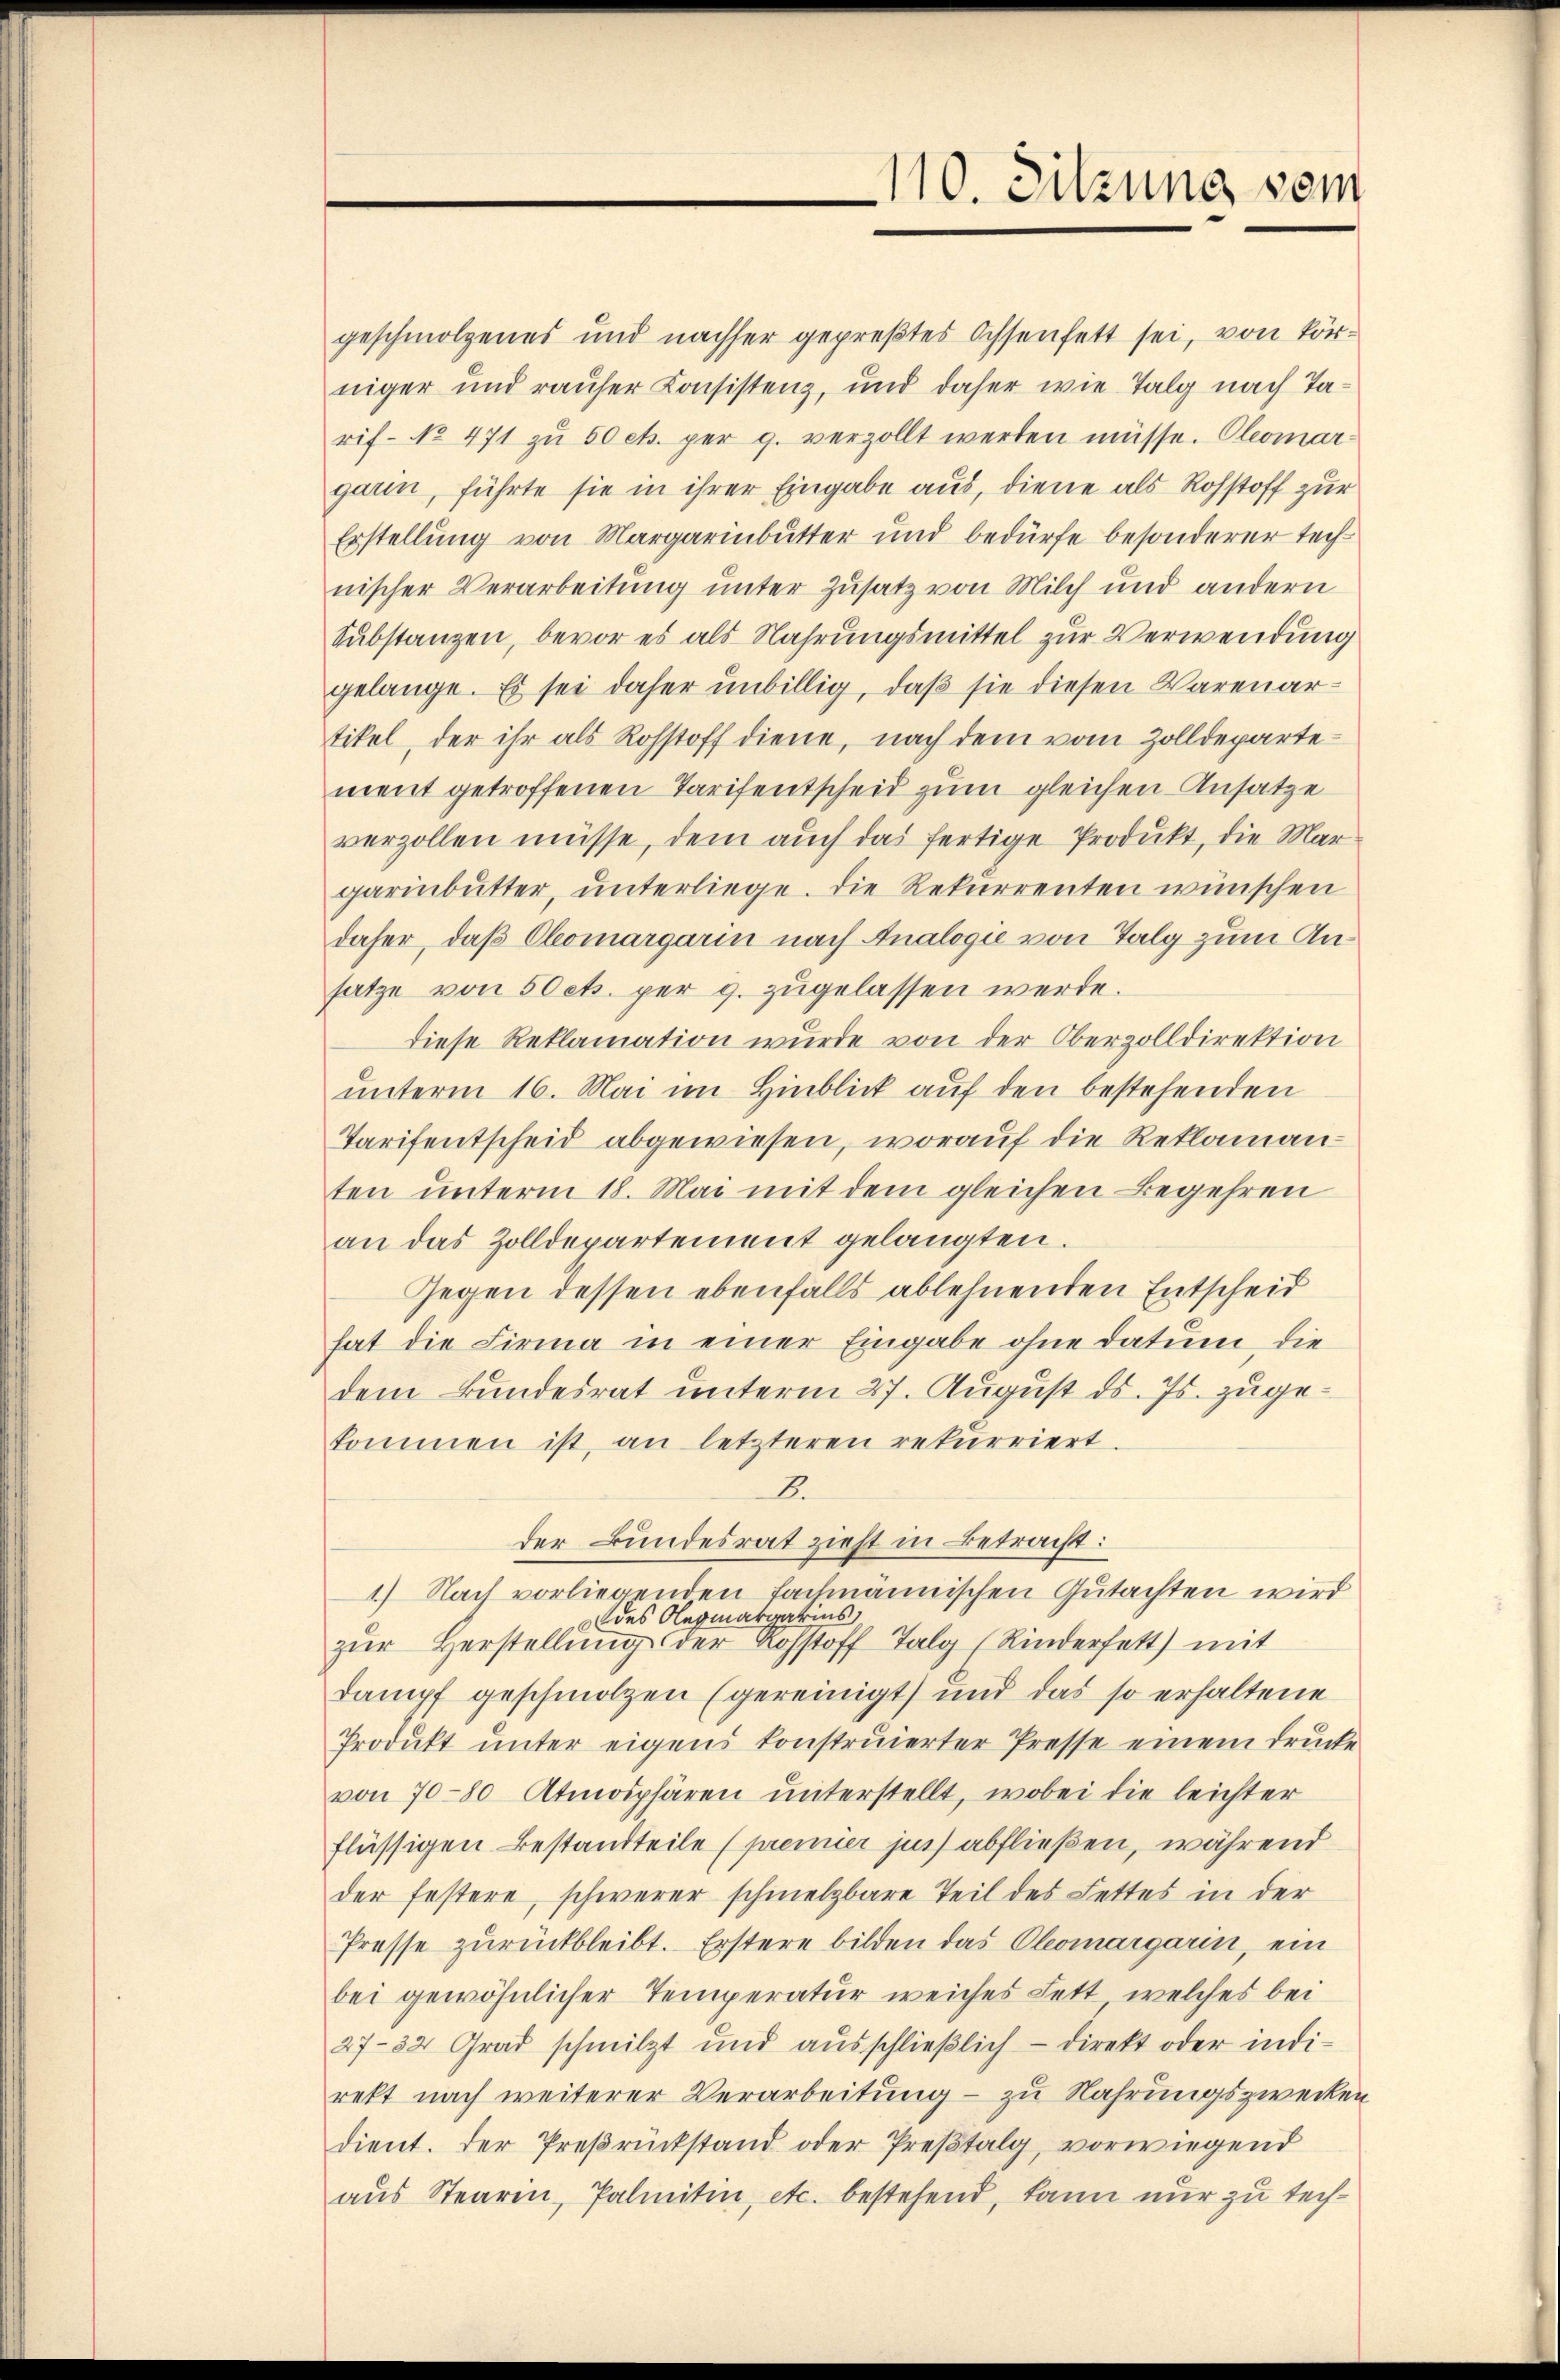
geschmolzenes und nachher gepreßtes Ochsenfett sei, von körniger und rauser Consistenz, und daher wie Talg nach Tarif- No 471 zŭ 50 cts. per p. verzollt werden müsse. Oleomargarin, führte sie in ihrer Eingabe aus, diene als Rohstoff zur
Erstellung von Margarinbutter und bedürfe besonderer technischer Verarbeitung unter Zusatz von Milch und andern
Substanzen, bevor es als Nahrungsmittel zur Verwendung
gelange. Es sei daher unbillig, daß sie diesen Warenartikel, der ihr als Rohstoff diene, nach dem vom Zolldepartement getroffenen Tarifentscheid zum gleichen Ansätze
verzollen müsse, dem auch das fertige Produkt, die Margarinbutter, unterliege. Die Rekurrenten wünschen
daher, daß Clomargarin nach Analogie von Talg zum Ansatze von 50 cts. per g. zugelassen werde.
diese Reklamation wurde von der Oberzolldirektion
unterm 16. Mai im Hinblick auf den bestehenden
Tarifentscheid abgewiesen, worauf die Reklamanten unterm 18. Mai mit dem gleichen Begehren
an das Zolldepartement gelangten.
Gegen dessen ebenfalls ablehnenden Entscheid
hat die Firma in einer Eingabe ohne Datum, die
dem Bundesrat unterm 27. August ds. Js. zugekommen ist, an letzteren rekurriert.
8.
der Bundesrat zieht in Betracht:
1) Nach vorliegenden Fachmannischen Gutachten wird
des Olegmargarius
zŭr Herstellŭng der Rohstoff Talg (Kinderfett) mit
dampf geschmolzen (gereinigt und das so erhaltene
Produkt unter eigens konstruierter Presse einem Drucke
von 70-80 Atmosphären unterstellt, wobei die leichter
flüssigen Bestandteile (premier jus abfließen, während
der festere, schwerer schmelzbare Teil des Lettes in der
Presse zurückbleibt. Erstere bilden das Comargarin, ein
bei gewöhnlicher Temperatur weiches Fett, welches bei
27-82 Grad schmitzt und aŭsschlieβlich - direkt oder indi-
rekt nach weiterer Verarbeitung – zu Nahrungszwecken
dient. Der Preßrückstand oder Preßtalg, vorwiegend
aŭs Stearin, Palmitin, etc. bestehend, kann nur zu tech¬

110. Sitzung vom